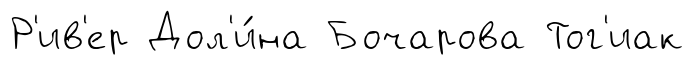
Р'ив'ер Дол'и́на Бочарова Тог'иак